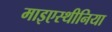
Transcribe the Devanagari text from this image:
माइएस्थीनिया